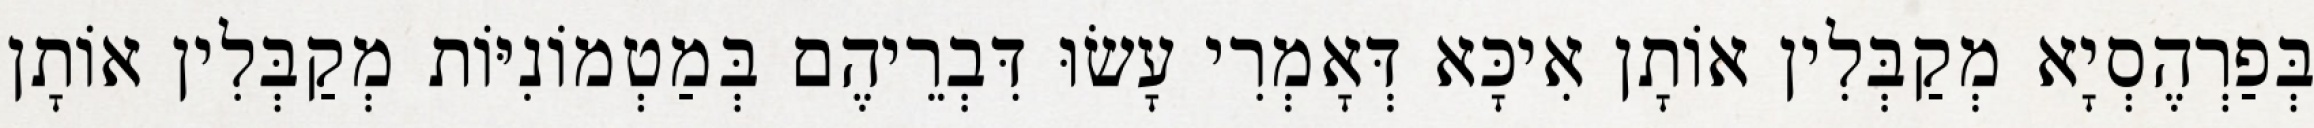
בְּפַרְהֶסְיָא מְקַבְּלִין אוֹתָן אִיכָּא דְּאָמְרִי עָשׂוּ דִּבְרֵיהֶם בְּמַטְמוֹנִיּוֹת מְקַבְּלִין אוֹתָן